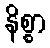
နိစ္စာ